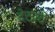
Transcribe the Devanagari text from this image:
देठाचे